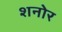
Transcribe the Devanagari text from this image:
शनोर